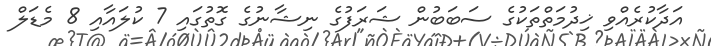
އަދާކުރެއްވި ޚިދުމަތްތަކުގެ ސަބަބުން ޝަރަފުގެ ނިޝާނުގެ ގޮތުގައި 7 ކުލައާއި 8 މެޑަލް